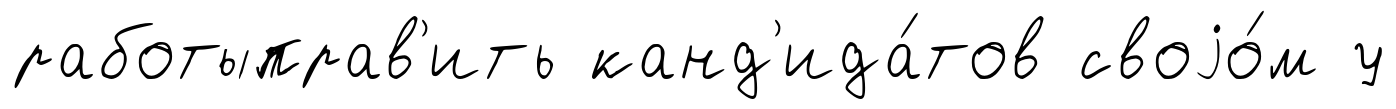
работыправ'ить канд'ида́тов своjо́м у